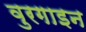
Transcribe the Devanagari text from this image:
वुरगाइन